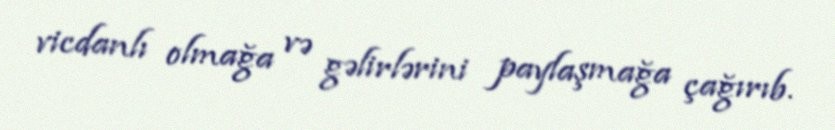
vicdanlı olmağa və gəlirlərini paylaşmağa çağırıb.